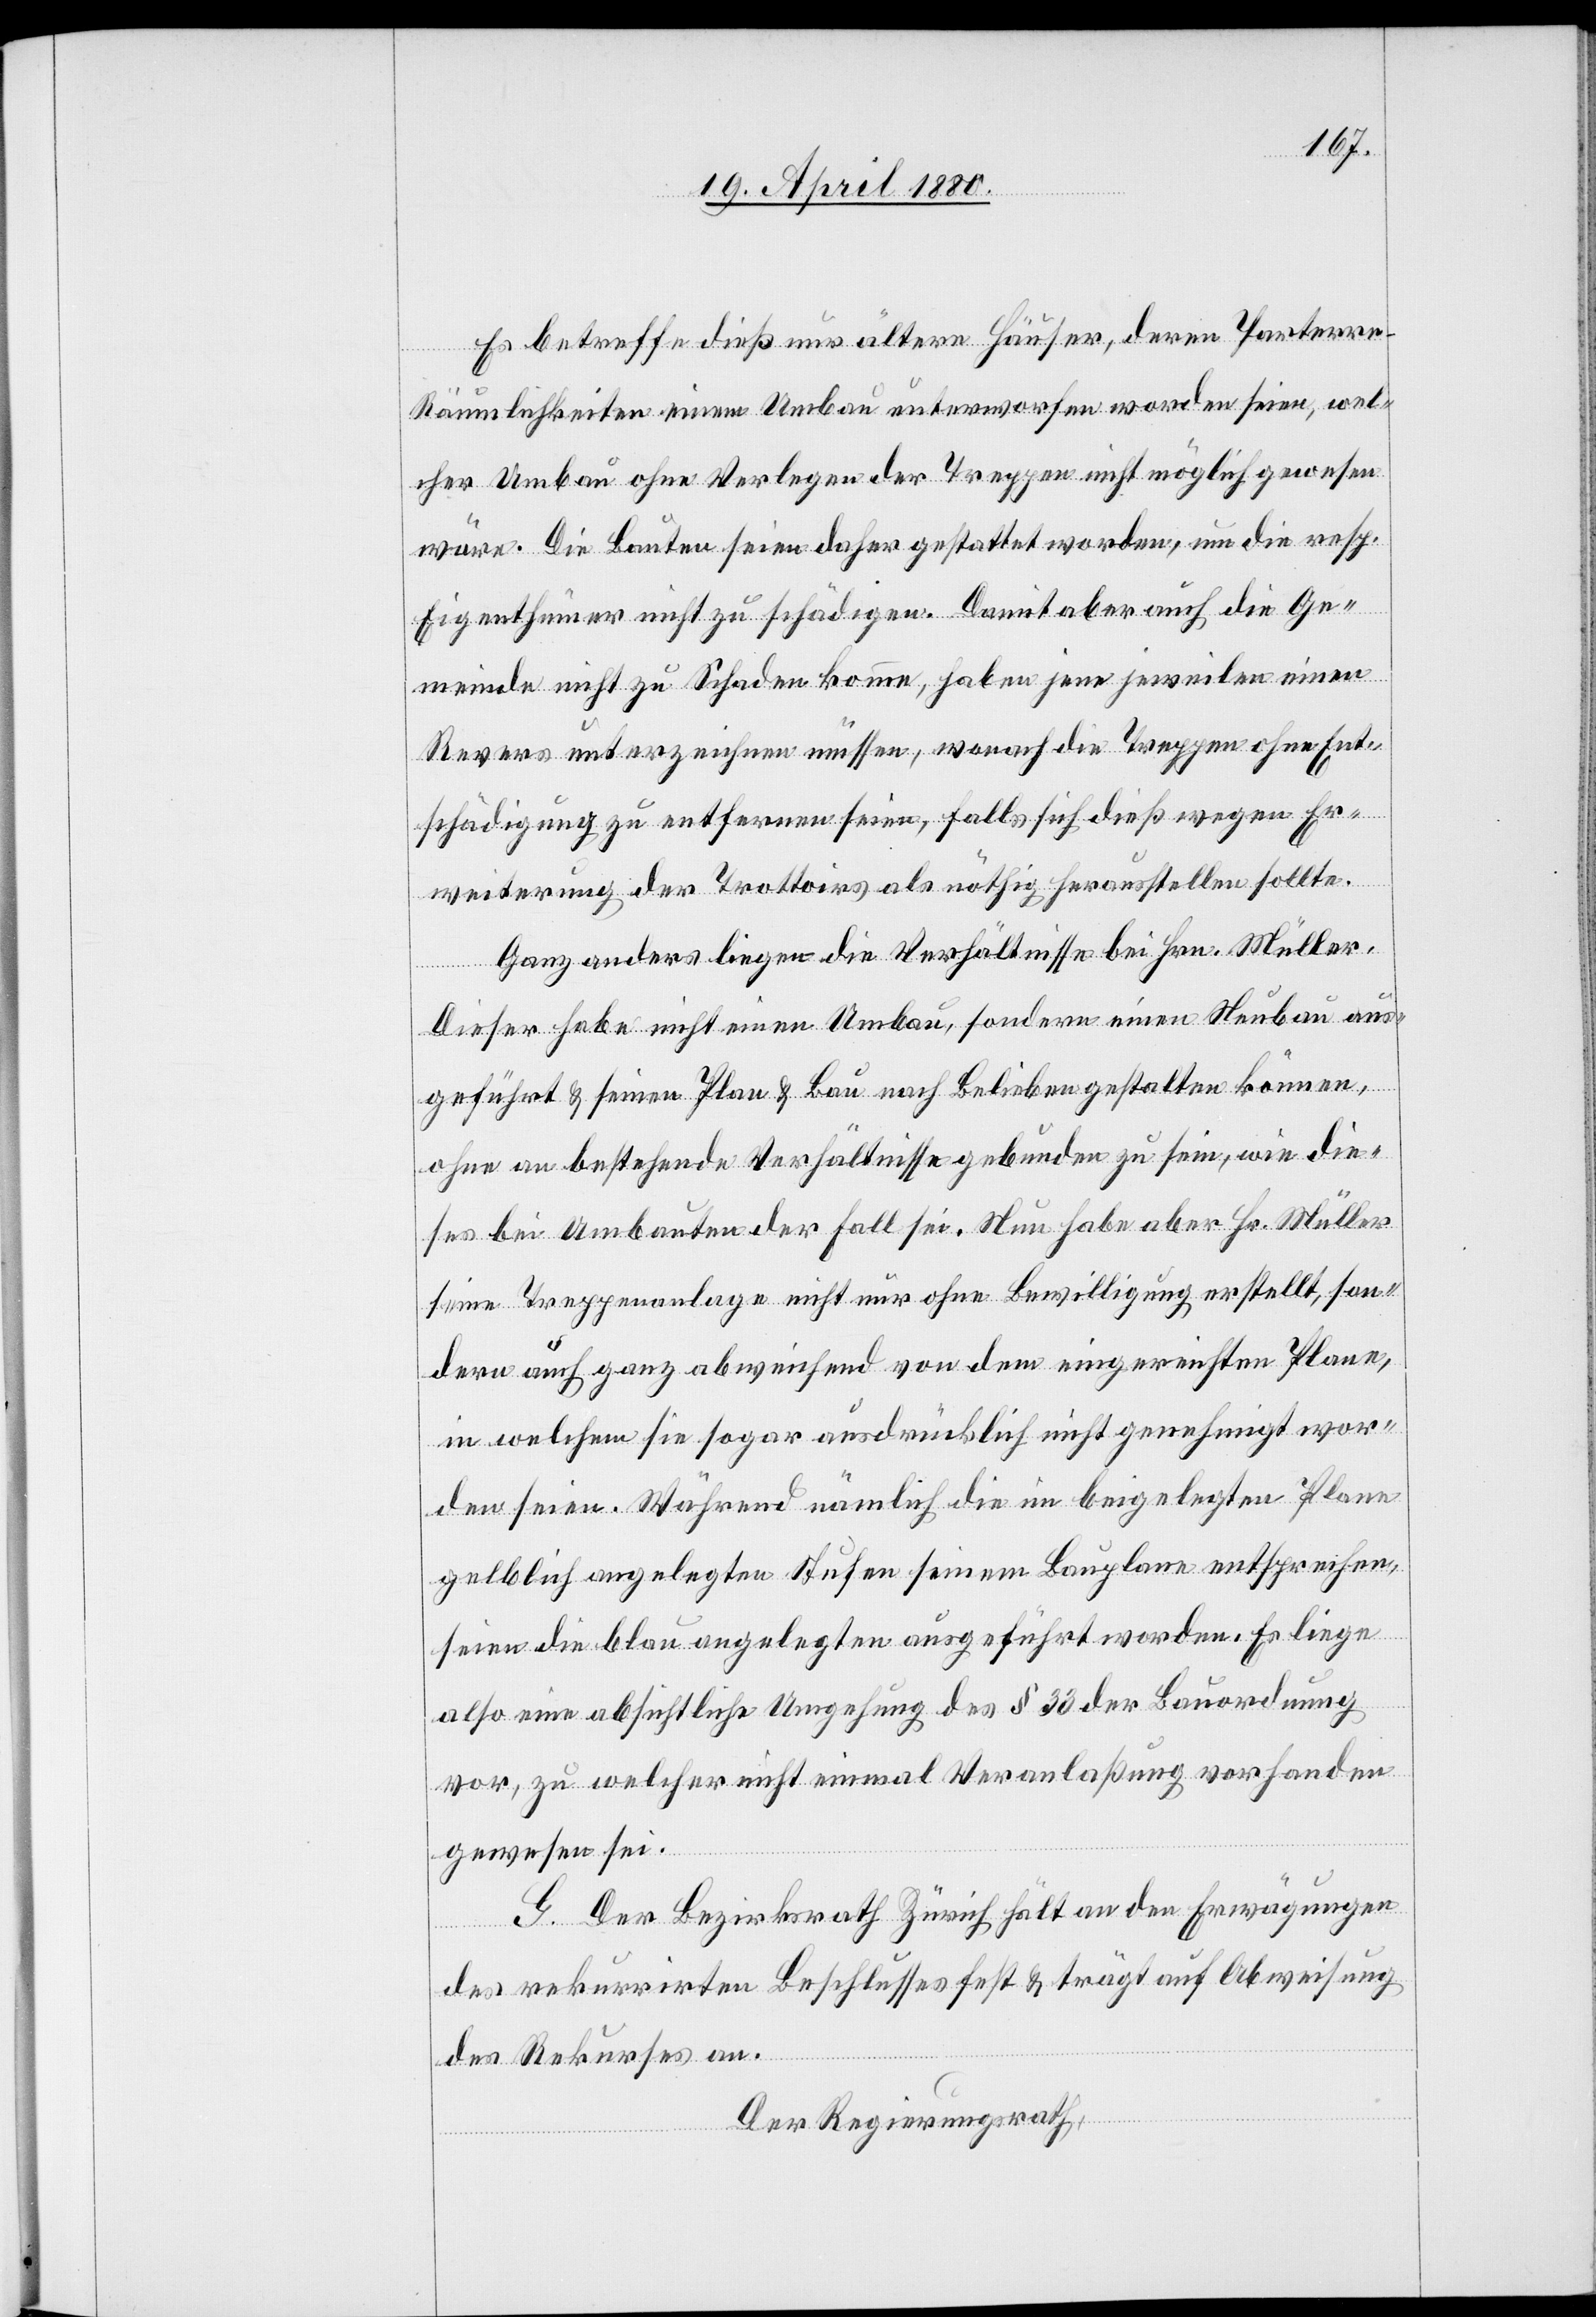
Es betreffe dieß nur ältere Häuser, deren Parterr¬
e-Räumlichkeiten einem Umbau unterworfen worden seien, wel¬
cher Umbau ohne Verlegen der Treppen nicht möglich gewesen
wäre. Die Bauten seien daher gestattet worden, um die resp.
Eigenthümer nicht zu schädigen. Damit aber auch die Ge¬
meinde nicht zu Schaden komme, haben jene jeweilen einen
Revers unterzeichnen müssen, wonach die Treppen ohne Ent¬
schädigung zu entfernen seien, falls sich dieß wegen Er¬
weiterung der Trottoirs als nöthig herausstellen sollte.
Ganz anders liegen die Verhältnisse bei Hrn. Müller.
Dieser habe nicht einen Umbau, sondern einen Neubau aus¬
geführt & seinen Plan & Bau nach Belieben gestalten können,
ohne an bestehende Verhältnisse gebunden zu sein, wie die¬
ses bei Umbauten der Fall sei. Nun habe aber Hr. Müller
seine Treppenanlage nicht nur ohne Bewilligung erstellt, son¬
dern auch ganz abweichend von dem eingereichten Plane,
in welchem sie sogar ausdrücklich nicht genehmigt wor¬
den seien. Während nämlich die im beigelegten Plane
gelblich angelegten Stufen seinem Bauplane entsprechen,
seien die blau angelegten ausgeführt worden. Es liege
also eine absichtliche Umgehung des § 33 der Bauordnung
vor, zu welcher nicht einmal Veranlaßung vorhanden
gewesen sei.
G. Der Bezirksrath Zürich hält an den Erwägungen
des rekurrirten Beschlusses fest & trägt auf Abweisung
des Rekurses an.
Der Regierungsrath,